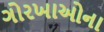
ગોરખાઓના